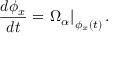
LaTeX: { \frac { d \phi _ { x } } { d t } } = \left. \Omega _ { \alpha } \right| _ { \phi _ { x } ( t ) } .